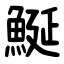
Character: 鯅